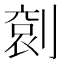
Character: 𠞬